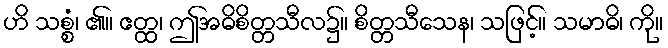
ဟိ သစ္စံ၊ ၏။ ဧတ္ထ၊ ဤအဓိစိတ္တသီလ၌။ စိတ္တသီသေန၊ သဖြင့်။ သမာဓိ၊ ကို။